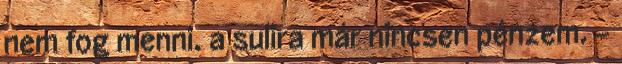
nem fog menni. a sulira már nincsen pénzem. -